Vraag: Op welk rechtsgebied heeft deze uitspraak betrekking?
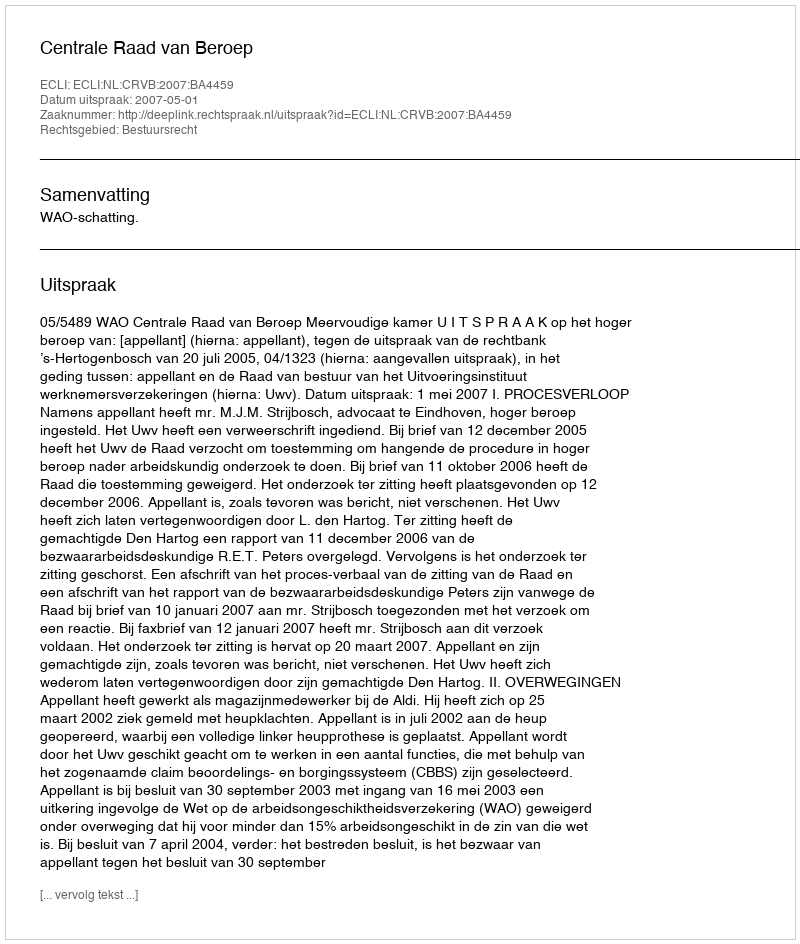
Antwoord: Bestuursrecht